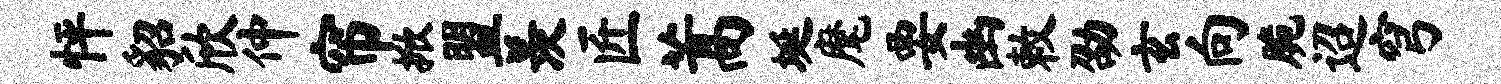
怦貂欣仲帘掀盟羡匠蒿埏麾要幽敕劭玄向脆迢穹